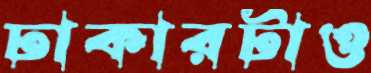
ঢাকারটাও